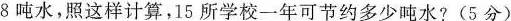
8吨水，照这样计算，15所学校一年可节约多少吨水?(5分)